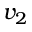
v _ { 2 }